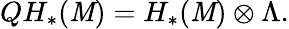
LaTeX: QH_{*}(\mathit{M})=H_{*}(\mathit{M})\otimes\Lambda.